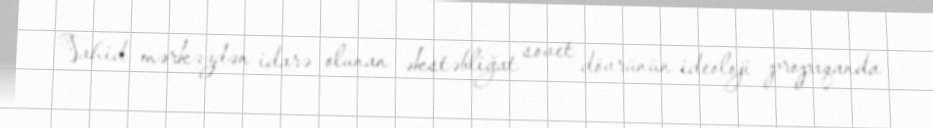
Vahid mərkəzdən idarə olunan əkstəbliğat sovet dövrünün ideoloji propaqanda